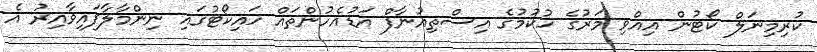
ކުރިމިނަލް ކޯޓުން އިއްވި މަރުގެ ހުކުމުގެ އިސްތިއުނާފް އަޑުއެހުންތައް ހައިކޯޓުގައި ނިންމާލާފައިވާއިރު އެ